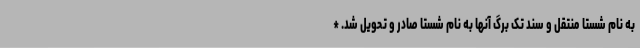
به نام شستا منتقل و سند تک برگ آنها به نام شستا صادر و تحویل شد. *